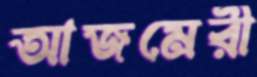
আজমেরী